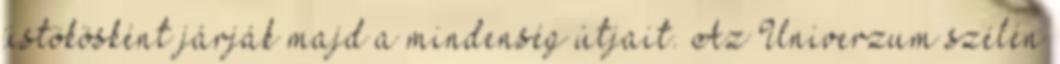
üstökösként járják majd a mindenség útjait. Az Univerzum szélén